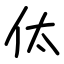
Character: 㑀